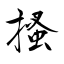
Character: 搔